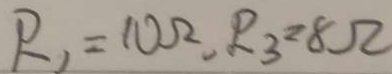
R _ { 1 } = 1 0 \Omega , R _ { 3 } = 8 \Omega